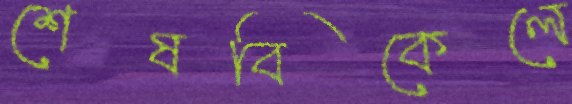
শেষবিকেলে